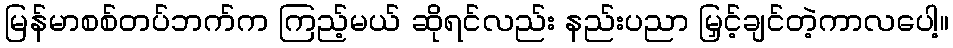
မြန်မာစစ်တပ်ဘက်က ကြည့်မယ် ဆိုရင်လည်း နည်းပညာ မြှင့်ချင်တဲ့ကာလပေါ့။